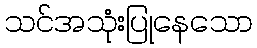
သင်အသုံးပြုနေသော